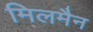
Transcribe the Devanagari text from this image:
मिलमैन